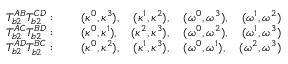
\begin{array} { c c } { T _ { b 2 } ^ { A B } T _ { b 2 } ^ { C D } : \qquad ( \kappa ^ { 0 } , \kappa ^ { 3 } ) , \quad ( \kappa ^ { 1 } , \kappa ^ { 2 } ) , \quad ( \omega ^ { 0 } , \omega ^ { 3 } ) , \quad ( \omega ^ { 1 } , \omega ^ { 2 } ) } \\ { T _ { b 2 } ^ { A C } T _ { b 2 } ^ { B D } : \qquad ( \kappa ^ { 0 } , \kappa ^ { 1 } ) , \quad ( \kappa ^ { 2 } , \kappa ^ { 3 } ) , \quad ( \omega ^ { 0 } , \omega ^ { 2 } ) , \quad ( \omega ^ { 1 } , \omega ^ { 3 } ) } \\ { T _ { b 2 } ^ { A D } T _ { b 2 } ^ { B C } : \qquad ( \kappa ^ { 0 } , \kappa ^ { 2 } ) , \quad ( \kappa ^ { 1 } , \kappa ^ { 3 } ) , \quad ( \omega ^ { 0 } , \omega ^ { 1 } ) , \quad ( \omega ^ { 2 } , \omega ^ { 3 } ) } \end{array}